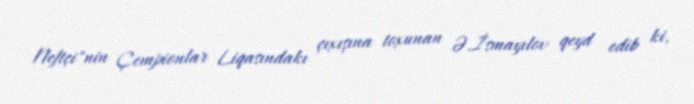
Neftçi"nin Çempionlar Liqasındakı çıxışına toxunan Ə.İsmayılov qeyd edib ki,